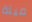
ميتة